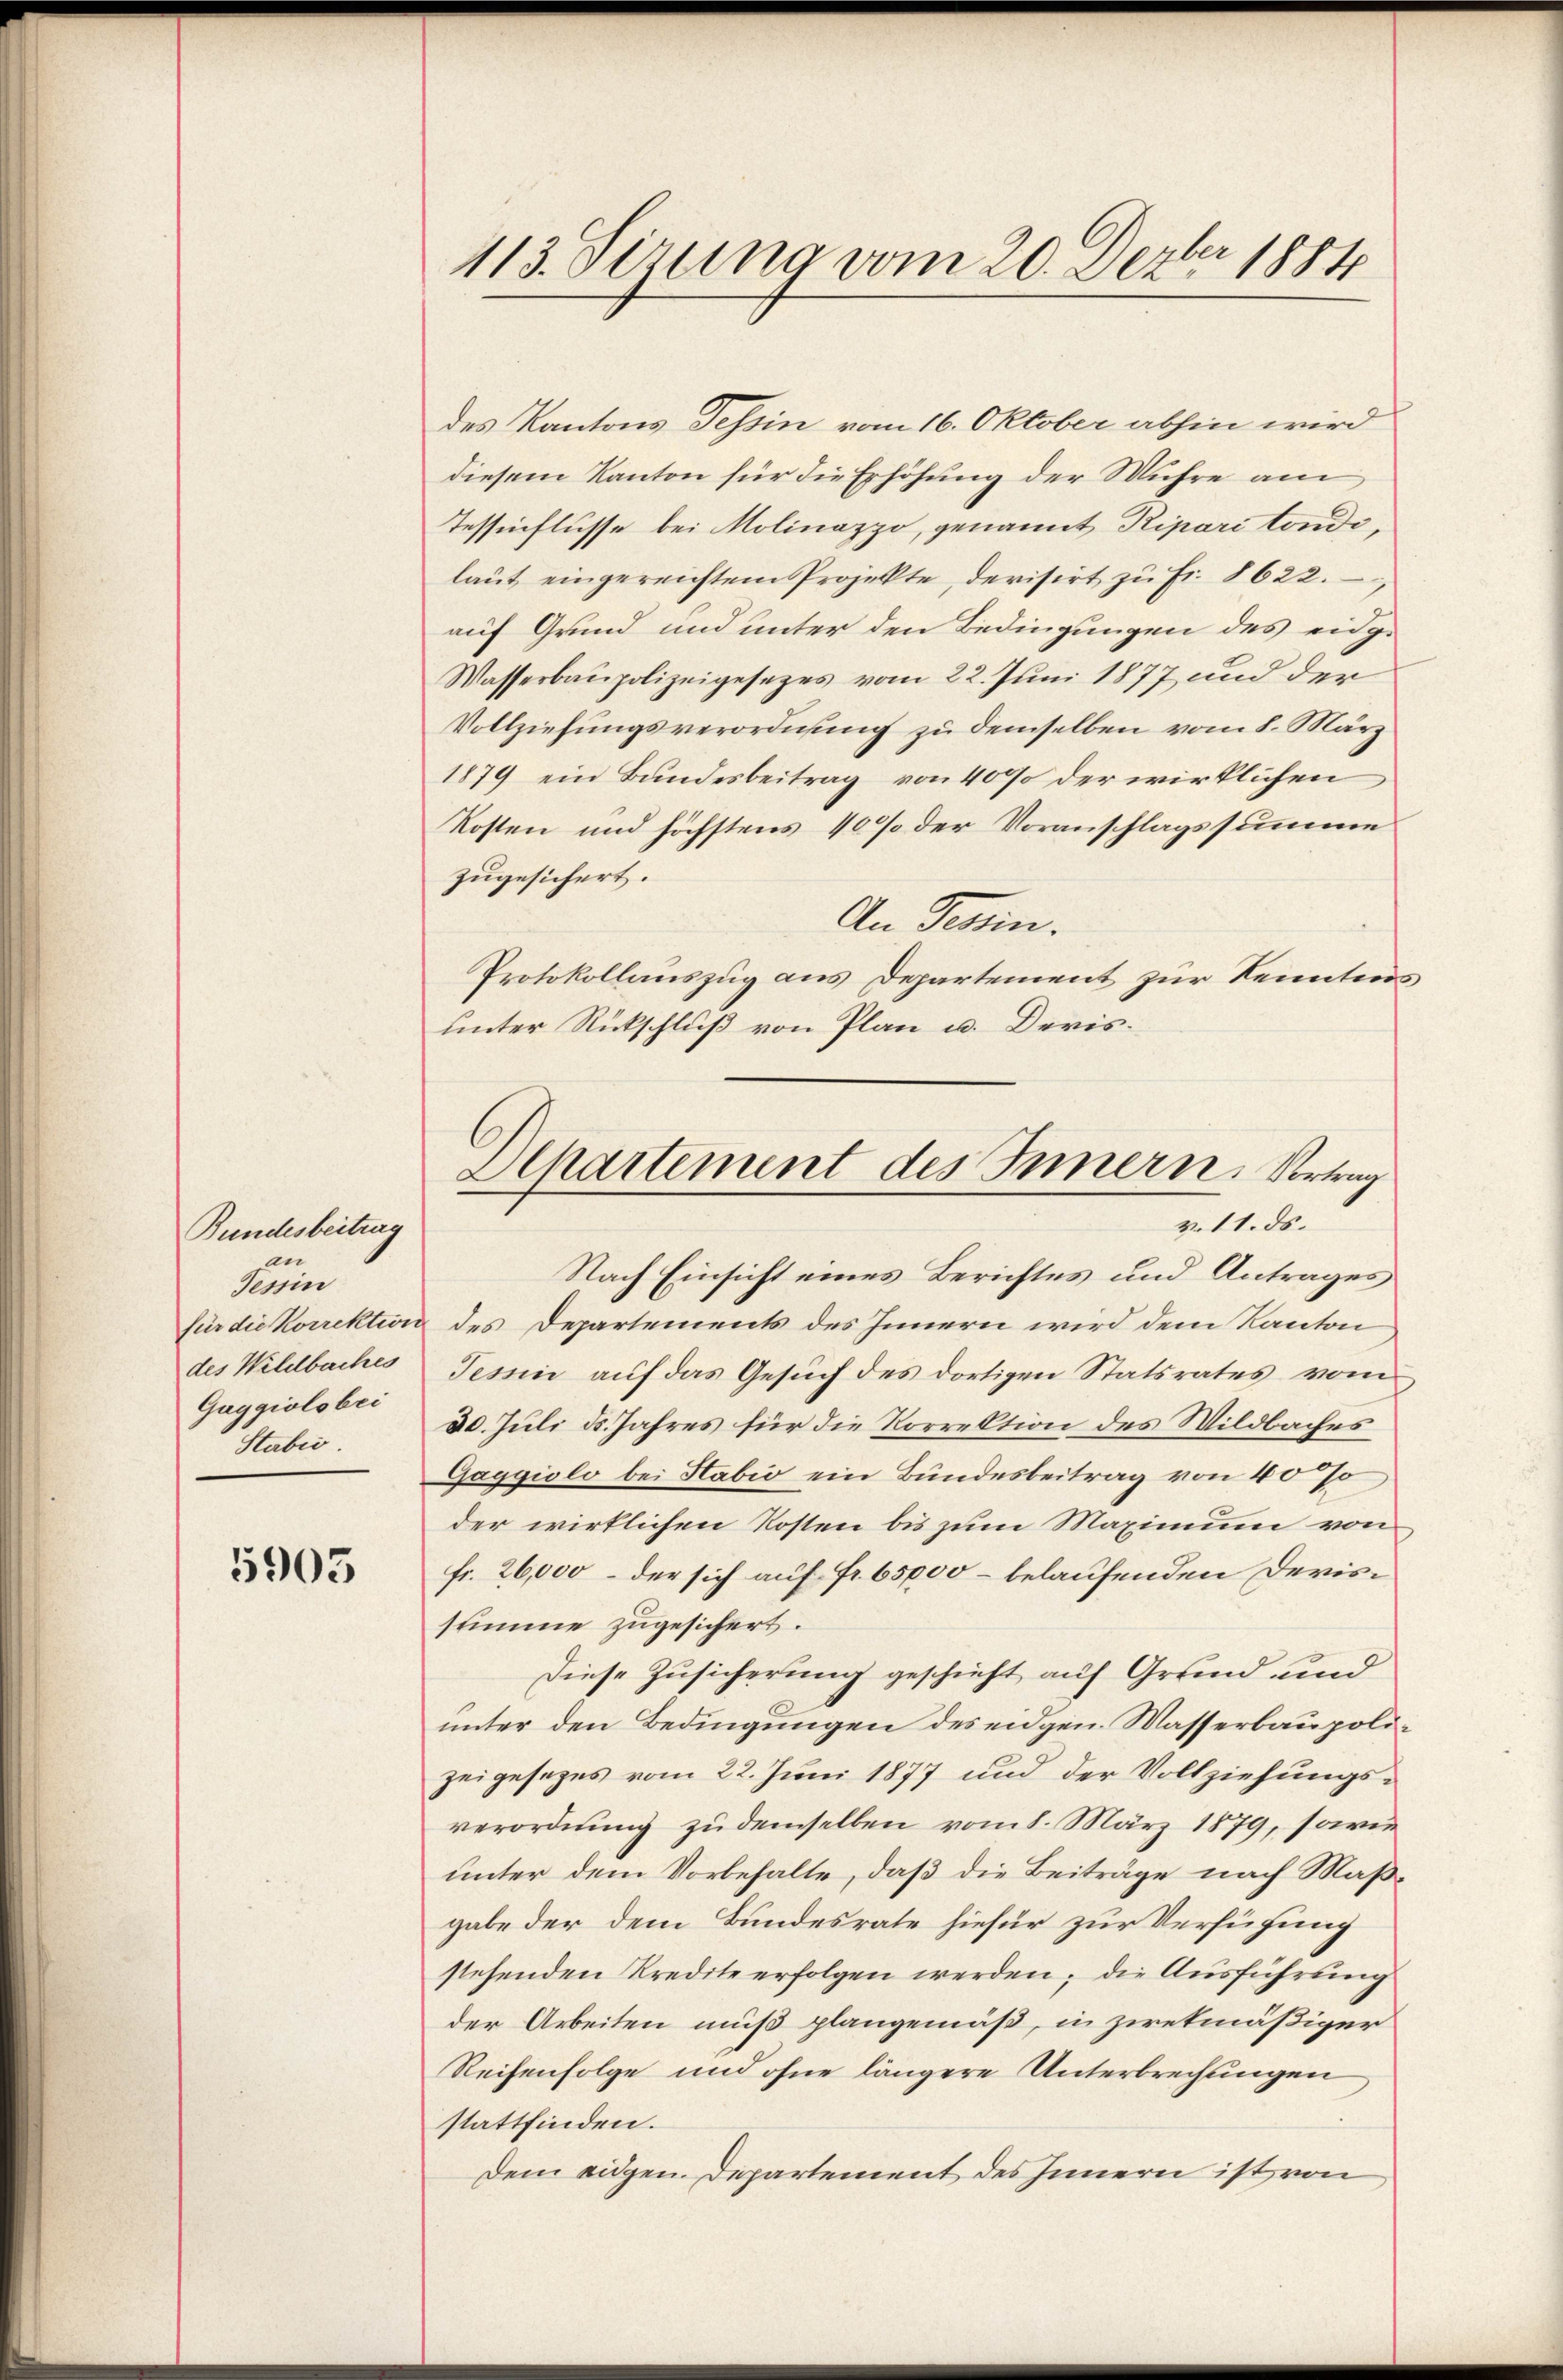
Bundesbeitrag
an
Tessin
des Wildbaches
Gaggiolobei
Stabes.

5905

des Kantons Tessin vom 16. Oktober abhin wird
diesem Kanton für die Erhöhung der Wuhre am
Tessinflüsse bei Molinazzo, genannt Ripari tondi,
laŭt eingereichtem Projekte, derisirt zŭ Fr. 8622.
auf Grund und unter den Bedingungen des eidg-
Wasserbaupolizeigesezes vom 22. Juni 1877 und der
Vollziehungsverordnung zu demselben vom 8. März
1879 ein Bundesbeitrag von 40% der wirklichen
Kosten und höchstens 10 % der Voranschlagssumme
zugesichert.
An Tessin.
Protokollauszug aus Departement zur Kenntnis
unter Rückschluß von Plan u. Deris¬

413. Sirung vom 20. Dezbr 1884

Nach Einsicht eines Berichtes und Antrages
für die Korrektion des Departements des Innern wird dem Kanton
Tessin auf das Gesuch des dortigen Statsrates vom
30. Juli d. Jahres für die Korrektion des Wildbaches
Gaggioli bei Sabić ein Bundesbeitrag von 40 so
der wirklichen Kosten bis zum Maximum von
fr. 26,000 – der sich auf Fr. 65,000 – belaufenden Devisstimme zugesichert.
Diese Zusicherung geschieht auf Grund und
unter den Bedingungen des eidgen. Wasserbaupolizeigesetzes vom 22. Juni 1877 und der Vollziehungsverordnung zu demselben vom 8. März 1879, sowie
unter dem Vorbehalte, daß die Beiträge nach Maßgabe der dem Bundesrate hiefür zur Verfügung
stehenden Kredite erfolgen werden; die Ausführung
der Arbeiten muß plangemäß, in zwekmäßiger
Reihenfolge und ohne längere Unterbrechungen
stattfinden.
Dem eidgen. Departement des Innern ist von

EChartement des Innern, Vortrag
v. 11. ds.